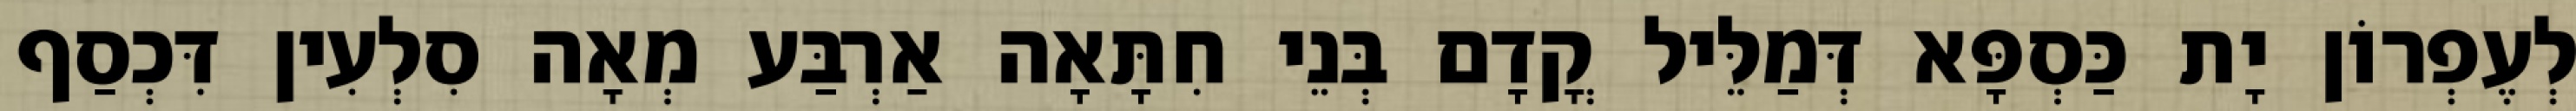
לְעֶפְרוֹן יָת כַּסְפָּא דְּמַלֵּיל קֳדָם בְּנֵי חִתָּאָה אַרְבַּע מְאָה סִלְעִין דִּכְסַף